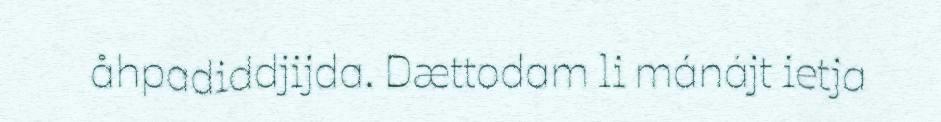
åhpadiddjijda. Dættodam li mánájt ietja